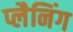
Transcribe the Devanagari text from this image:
प्लैनिंग